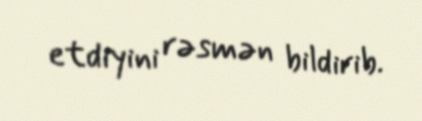
etdiyini rəsmən bildirib.